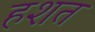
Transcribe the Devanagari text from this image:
हशत